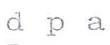
dpa